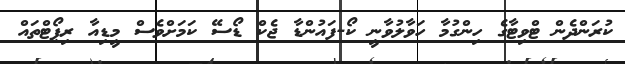
ކުރަންދެން ޓްވިޓާގެ ހިންގުމާ ހަވާލުވާނީ ކޯ-ފައުންޑާ ޖެކް ޑޯސޭ ކަމަށްވެސް މީޑިއާ ރިޕޯޓްތައް